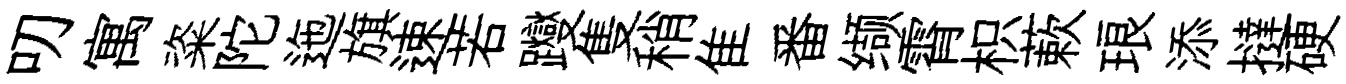
叨寓粢陀迤旗速若躞隻稍隹番缬霄枳蔌琅添撻硬